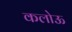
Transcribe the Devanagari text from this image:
कलोऊ